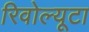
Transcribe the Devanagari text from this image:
रिवोल्यूटा